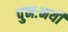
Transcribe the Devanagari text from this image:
पुनःनयी